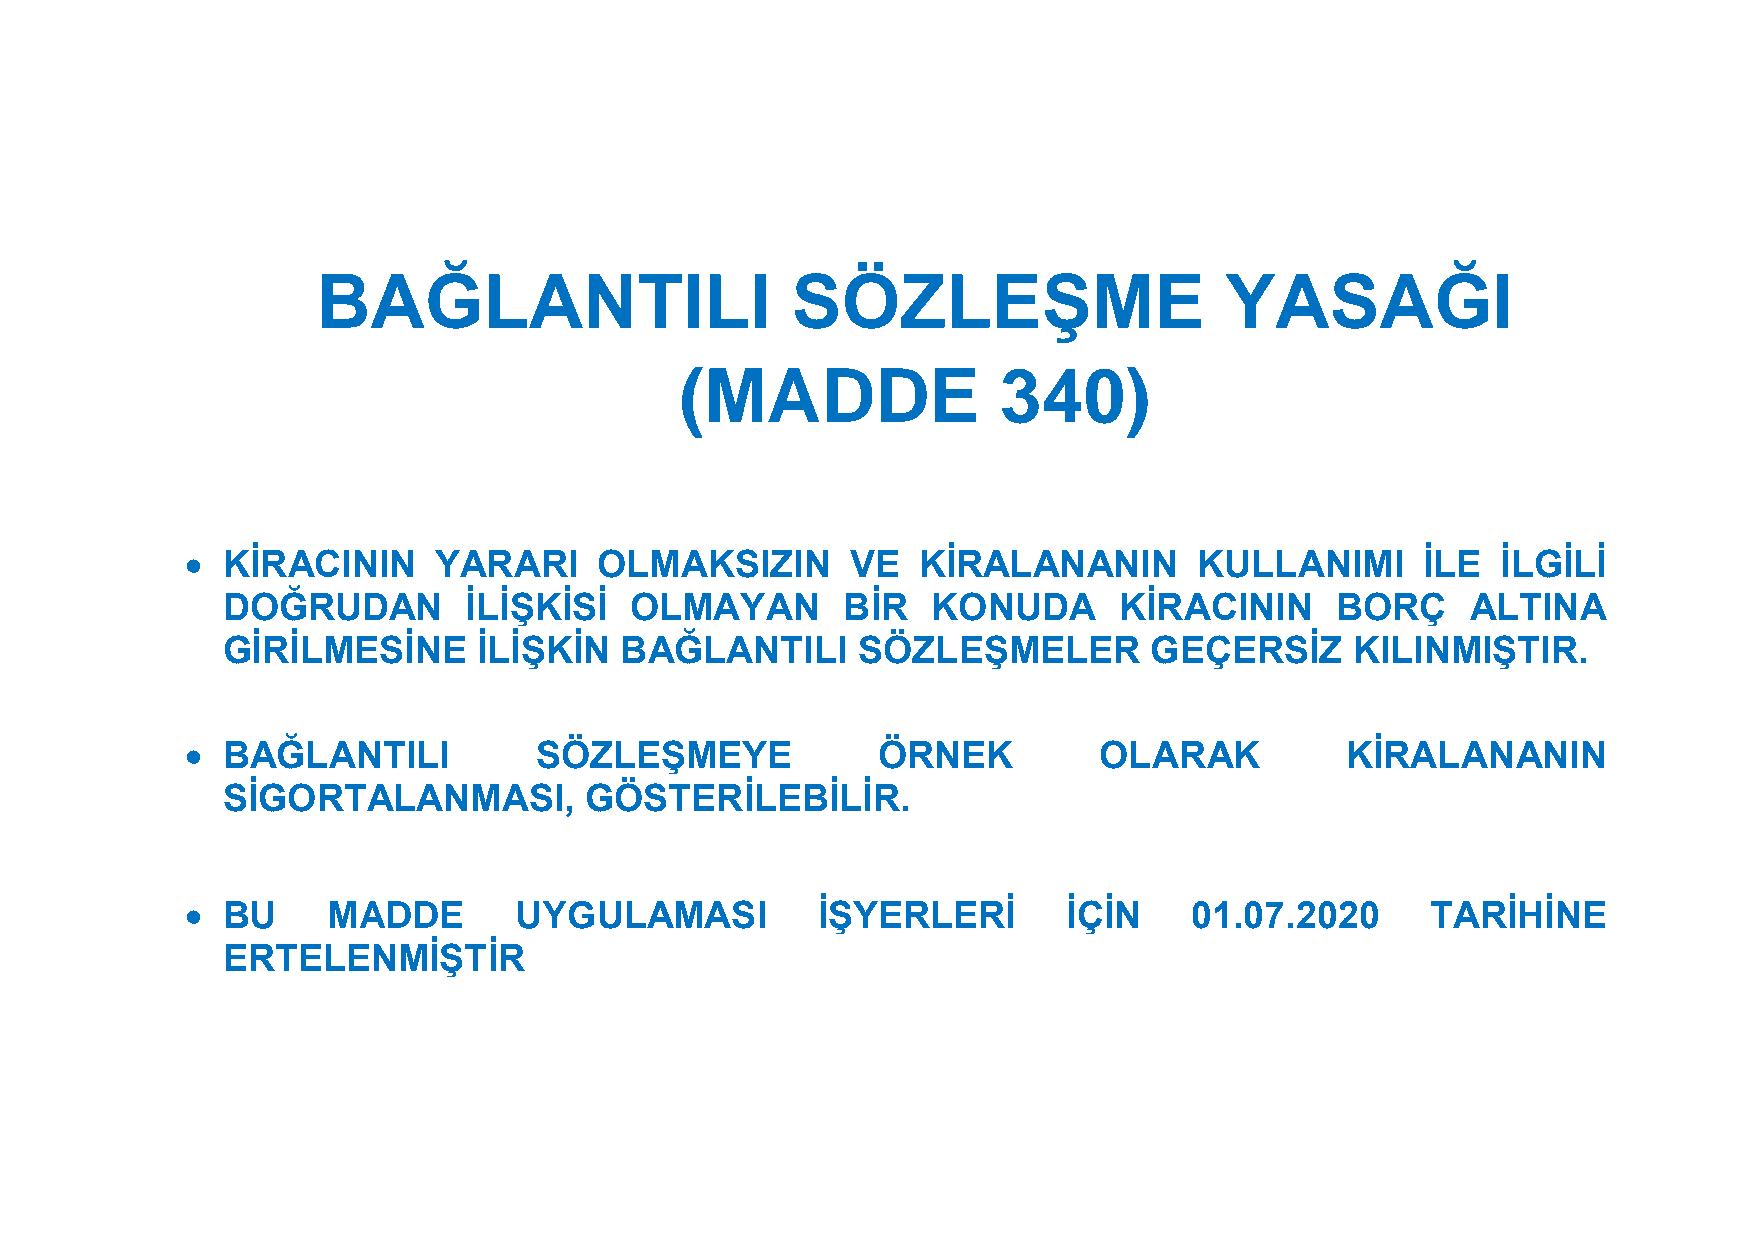
BAĞLANTILI                     SÖZLEŞME                     YASAĞI
 (MADDE               340)
   KİRACININ     YARARI     OLMAKSIZIN      VE   KİRALANANIN       KULLANIMI      İLE  İLGİLİ
 DOĞRUDAN        İLİŞKİSİ   OLMAYAN       BİR   KONUDA      KİRACININ     BORÇ     ALTINA
 GİRİLMESİNE      İLİŞKİN  BAĞLANTILI      SÖZLEŞMELER        GEÇERSİZ      KILINMIŞTIR.
   BAĞLANTILI          SÖZLEŞMEYE             ÖRNEK          OLARAK          KİRALANANIN
 SİGORTALANMASI,         GÖSTERİLEBİLİR.
   BU     MADDE       UYGULAMASI          İŞYERLERİ        İÇİN    01.07.2020      TARİHİNE
 ERTELENMİŞTİR